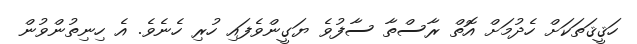
ހަޤީޤަތަކަށް ހެދުމަށް އޮތް ރާސްތާ ސާފުވެ ޔަގީންވެފައި ހުރި ހެނެވެ. އެ ހިނިތުންވުން